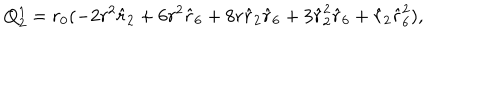
Q _ { 2 } ^ { 1 } = r _ { 0 } ( - 2 r ^ { 2 } \hat { r } _ { 2 } + 6 r ^ { 2 } \hat { r } _ { 6 } + 8 r \hat { r } _ { 2 } \hat { r } _ { 6 } + 3 \hat { r } _ { 2 } ^ { 2 } \hat { r } _ { 6 } + \hat { r } _ { 2 } \hat { r } _ { 6 } ^ { 2 } ) ,